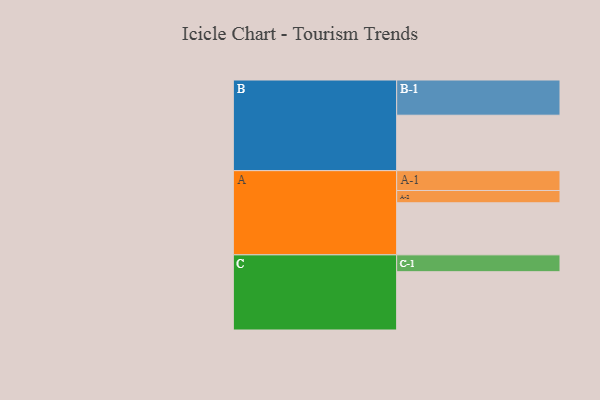
{"axis": {"x": "Segment", "y": "Value"}, "legend": ["", "A", "B", "C"], "data": [{"x": "A", "y": 386, "type": ""}, {"x": "B", "y": 411, "type": ""}, {"x": "C", "y": 432, "type": ""}, {"x": "A-1", "y": 147, "type": "A"}, {"x": "A-2", "y": 91, "type": "A"}, {"x": "B-1", "y": 261, "type": "B"}, {"x": "C-1", "y": 125, "type": "C"}]}